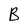
Character: B